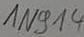
Text: 1N914